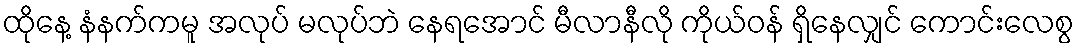
ထိုနေ့ နံနက်ကမူ အလုပ် မလုပ်ဘဲ နေရအောင် မီလာနီလို ကိုယ်ဝန် ရှိနေလျှင် ကောင်းလေစွ